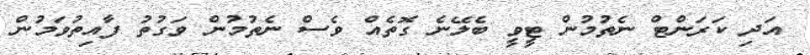
އަދި ކަރަންޓް ނެތުމުން ޓީވީ ބެލޭނެ ގޮތެއް ވެސް ނެތުމުން ވަގުތު ފާއިތުވަމުން